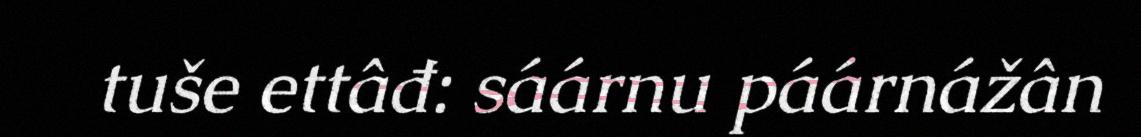
tuše ettâđ: sáárnu páárnážân